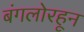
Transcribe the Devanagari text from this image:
बंगलोरहून